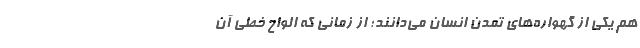
هم یکی از گهواره‌های تمدن انسان می‌دانند؛ از زمانی که الواح خطی آن